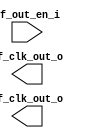
/*******************************************************************************
    Verilog netlist generated by IPGEN Lattice Radiant Software (64-bit)
    2.1.0.27.2
    Soft IP Version: 1.1.0
    Tue Aug 18 13:51:11 2020
*******************************************************************************/
/*******************************************************************************
    Wrapper Module generated per user settings.
*******************************************************************************/
module oscillator (hf_out_en_i, hf_clk_out_o, lf_clk_out_o)/* synthesis syn_black_box syn_declare_black_box=1 */;
    input  hf_out_en_i;
    output  hf_clk_out_o;
    output  lf_clk_out_o;
endmodule